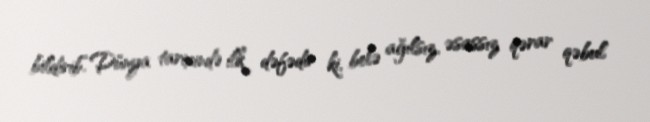
bildirib.“Dünya tarixində ilk dəfədir ki, belə ağılsız, əsassız qərar qəbul